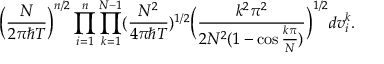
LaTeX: \Big ( \frac { N } { 2 \pi \hbar T } \Big ) ^ { n / 2 } \prod _ { i = 1 } ^ { n } \prod _ { k = 1 } ^ { N - 1 } ( \frac { N ^ { 2 } } { 4 \pi \hbar T } ) ^ { 1 / 2 } \Big ( \frac { k ^ { 2 } \pi ^ { 2 } } { 2 N ^ { 2 } ( 1 - \cos \frac { k \pi } { N } ) } \Big ) ^ { 1 / 2 } d v _ { i } ^ { k } .